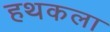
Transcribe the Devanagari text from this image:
हथकला